Civil Veterinary Department. United Provinces 1912-22 - 1912-1922
Year: 1912
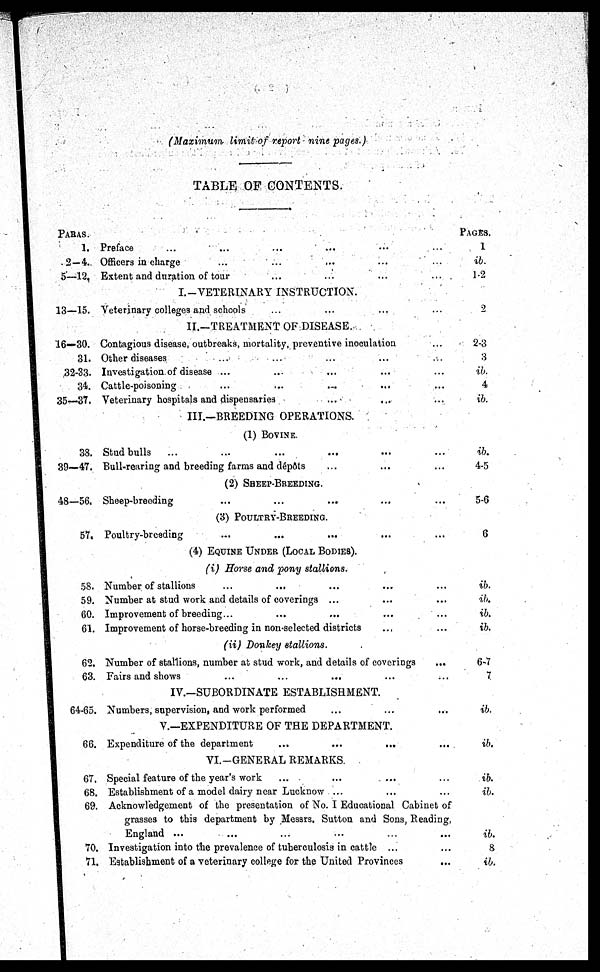
(Maximum limit of report nine pages.)
TABLE OF CONTENTS.
PARAS.
1.
2 — 4.
5—12.
13—15.
16—30.
31.
32-33.
34.
35—37.
38.
39—47.
48—56.
57.
58.
59.
60.
61.
62.
63.
64-65.
66.
67.
68.
69.
70.
71.
Preface ... ... ... ... ... ...
Officers in charge ... ... ... ... ...
Extent and duration of tour ... ... ... ...
I.-VETERINARY INSTRUCTION.
Veterinary colleges and schools ... ... ... ...
II.—TREATMENT OF DISEASE.
Contagious disease, outbreaks, mortality, preventive inoculation ...
Other diseases ... ... ... ... ...
Investigation of disease ... ... ... ... ...
Cattle-poisoning ... ... ... ... ...
Veterinary hospitals and dispensaries ... ... ...
III.—BREEDING OPERATIONS.
(1) BOVINE.
Stud bulls ... ... ... ... ... ...
Bull-rearing and breeding farms and dépôts ... ... ...
(2) SHEEP-BREEDING.
Sheep-breeding ... ... ... ... ...
(3) POULTRY-BREEDING.
Poultry-breeding ... ... ... ... ...
(4) EQUINE UNDER (LOCAL BODIES).
(i) Horse and pony stallions.
Number of stallions ... ... ... ... ...
Number at stud work and details of coverings ... ... ...
Improvement of breeding... ... ... ... ...
Improvement of horse-breeding in non-selected districts ... ...
(ii) Donkey stallions.
Number of stallions, number at stud work, and details of coverings ...
Fairs and shows ... ... ... ... ...
IV.—SUBORDINATE ESTABLISHMENT.
Numbers, supervision, and work performed ... ... ...
V.—EXPENDITURE OF THE DEPARTMENT.
Expenditure of the department ... ... ... ...
VI.-GENERAL REMARKS.
Special feature of the year's work ... ... ... ...
Establishment of a model dairy near Lucknow ... ... ...
Acknowledgement of the presentation of No. I Educational Cabinet of
grasses to this department by Messrs, Sutton and Sons, Reading,
England ... ... ... ... ... ...
Investigation into the prevalence of tuberculosis in cattle ... ...
Establishment of a veterinary college for the United Provinces ...
PAGES.
1
ib.
1-2
2
2-3
3
ib.
4
ib.
ib.
4-5
5-6
6
ib.
ib.
ib.
ib.
6-7
7
ib.
ib.
ib.
ib.
ib.
8
ib.